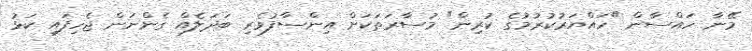
މޭނާ ހައްސާން "ހައްޔަރުކުރުމުގެ ކުރިން" މުސާރަތަކަށް އިންސާފުވެރި ބަދަލެއް ގެންނަން ޖެހިފައި ކަޅު